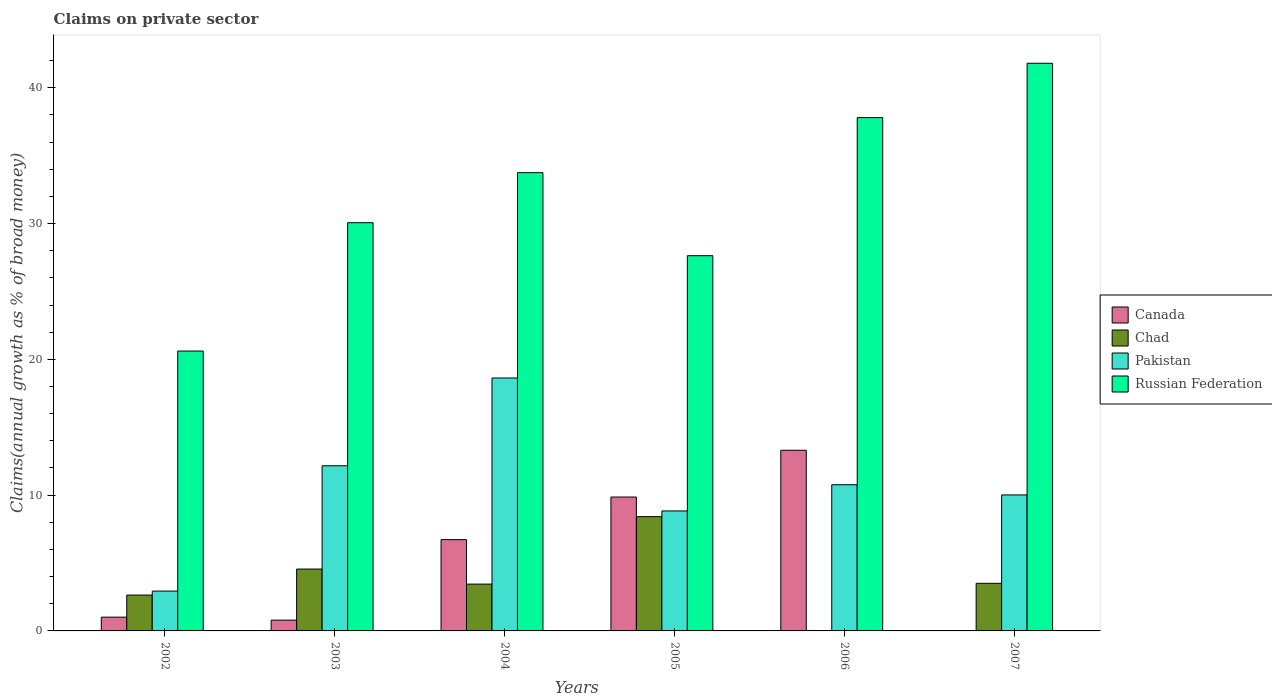
| Years | Canada | Chad | Pakistan | Russian Federation |
 | --- | --- | --- | --- | --- |
 | 2002 | 1.01 | 2.64 | 2.93 | 20.6 |
 | 2003 | 0.795 | 4.56 | 12.2 | 30.1 |
 | 2004 | 6.72 | 3.45 | 18.6 | 33.7 |
 | 2005 | 9.86 | 8.42 | 8.84 | 27.6 |
 | 2006 | 13.3 | -1.24 | 10.8 | 37.8 |
 | 2007 | -2.48 | 3.51 | 10 | 41.8 |